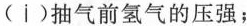
(i)抽气前氢气的压强；